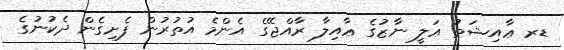
ޑރ ޢާއިޝަތު ޢަލީ ނާޒުގެ ޢާއިލާ ރާއްޖޭގެ އެންމެ އުތުރުން ފެށިގެން ދެކުނުގެ